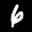
Label: 6